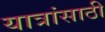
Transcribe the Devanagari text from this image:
यात्रांसाठी